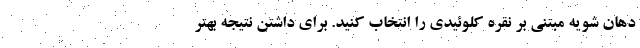
دهان شویه مبتنی بر نقره کلوئیدی را انتخاب کنید. برای داشتن نتیجه بهتر